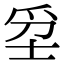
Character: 𤔊